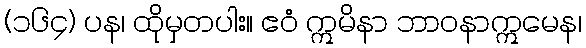
(၁၆၄) ပန၊ ထိုမှတပါး။ ဧဝံ ဣမိနာ ဘာဝနာဣမေန၊